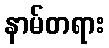
နာမ်တရား